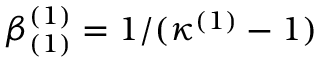
\beta _ { ( 1 ) } ^ { ( 1 ) } = 1 / ( \kappa ^ { ( 1 ) } - 1 )